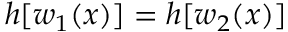
h [ w _ { 1 } ( x ) ] = h [ w _ { 2 } ( x ) ]